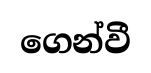
ගෙන්වී